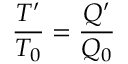
\frac { T ^ { \prime } } { T _ { 0 } } = \frac { Q ^ { \prime } } { Q _ { 0 } }